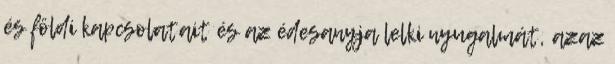
és földi kapcsolatait és az édesanyja lelki nyugalmát, azaz